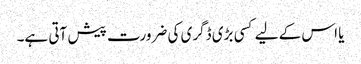
یا اس کے لیے کسی بڑی ڈگری کی ضرورت پیش آتی ہے۔